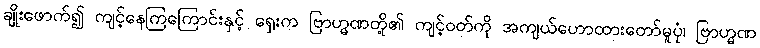
ချိုးဖောက်၍ ကျင့်နေကြကြောင်းနှင့် ရှေးက ဗြာဟ္မဏတို့၏ ကျင့်ဝတ်ကို အကျယ်ဟောထားတော်မူပုံ၊ ဗြာဟ္မဏ